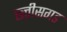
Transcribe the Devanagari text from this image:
छ्त्तीसगड